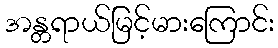
အန္တရာယ်မြင့်မားကြောင်း